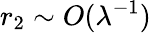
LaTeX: r_{2}\sim O(\lambda^{-1})